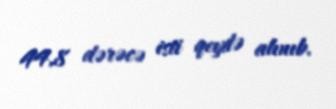
44,8 dərəcə isti qeydə alınıb.